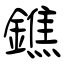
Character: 鐎